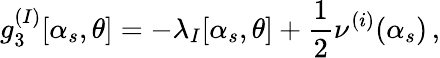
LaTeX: g_{3}^{(I)}[\alpha_{s},\theta]=-\lambda_{I}[\alpha_{s},\theta]+{\frac{1}{2}}\nu^{(i)}(\alpha_{s})\, ,